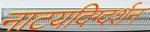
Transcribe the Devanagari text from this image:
नाटयदिग्दर्शन